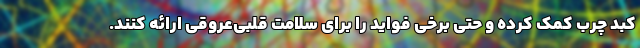
کبد چرب کمک کرده و حتی برخی فواید را برای سلامت قلبی‌عروقی ارائه کنند.